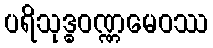
ပရိသုဒ္ဓဝဏ္ဏမေဝဿ